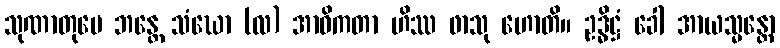
သုဏာတုမေ ဘန္တေ သံဃော (လ) အာဝိကတာ ဟိဿ ဖာသု ဟောတိ။ ဥဒ္ဓိဋ္ဌံ ခေါ အာယသ္မန္တော